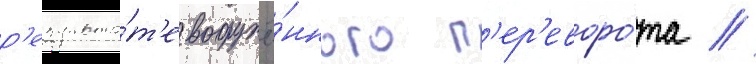
р'езульта́т'е вооружё́нного п'ер'еворо́та /